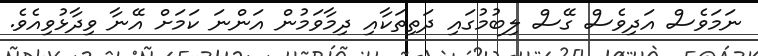
ނަމަވެސް އަދިވެސް ގޭސް ލިބުމުގައި ދަތިތަކާއި ދިމާވަމުން އަންނަ ކަމަށް އޭނާ ވިދާޅުވިއެވެ.